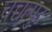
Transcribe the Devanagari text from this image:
चच्चत्पुट